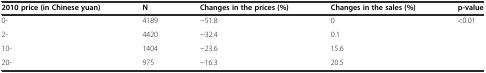
<table><thead><tr><td><b>2010 price (in Chinese yuan)</b></td><td><b>N</b></td><td><b>Changes in the prices (%)</b></td><td><b>Changes in the sales (%)</b></td><td><b>p-value</b></td></tr></thead><tbody><tr><td>0-</td><td>4189</td><td>−51.8</td><td>0</td><td>&lt;0.01</td></tr><tr><td>2-</td><td>4420</td><td>−32.4</td><td>0.1</td><td></td></tr><tr><td>10-</td><td>1404</td><td>−23.6</td><td>15.6</td><td></td></tr><tr><td>20-</td><td>975</td><td>−16.3</td><td>20.5</td><td></td></tr></tbody></table>